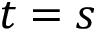
t = s